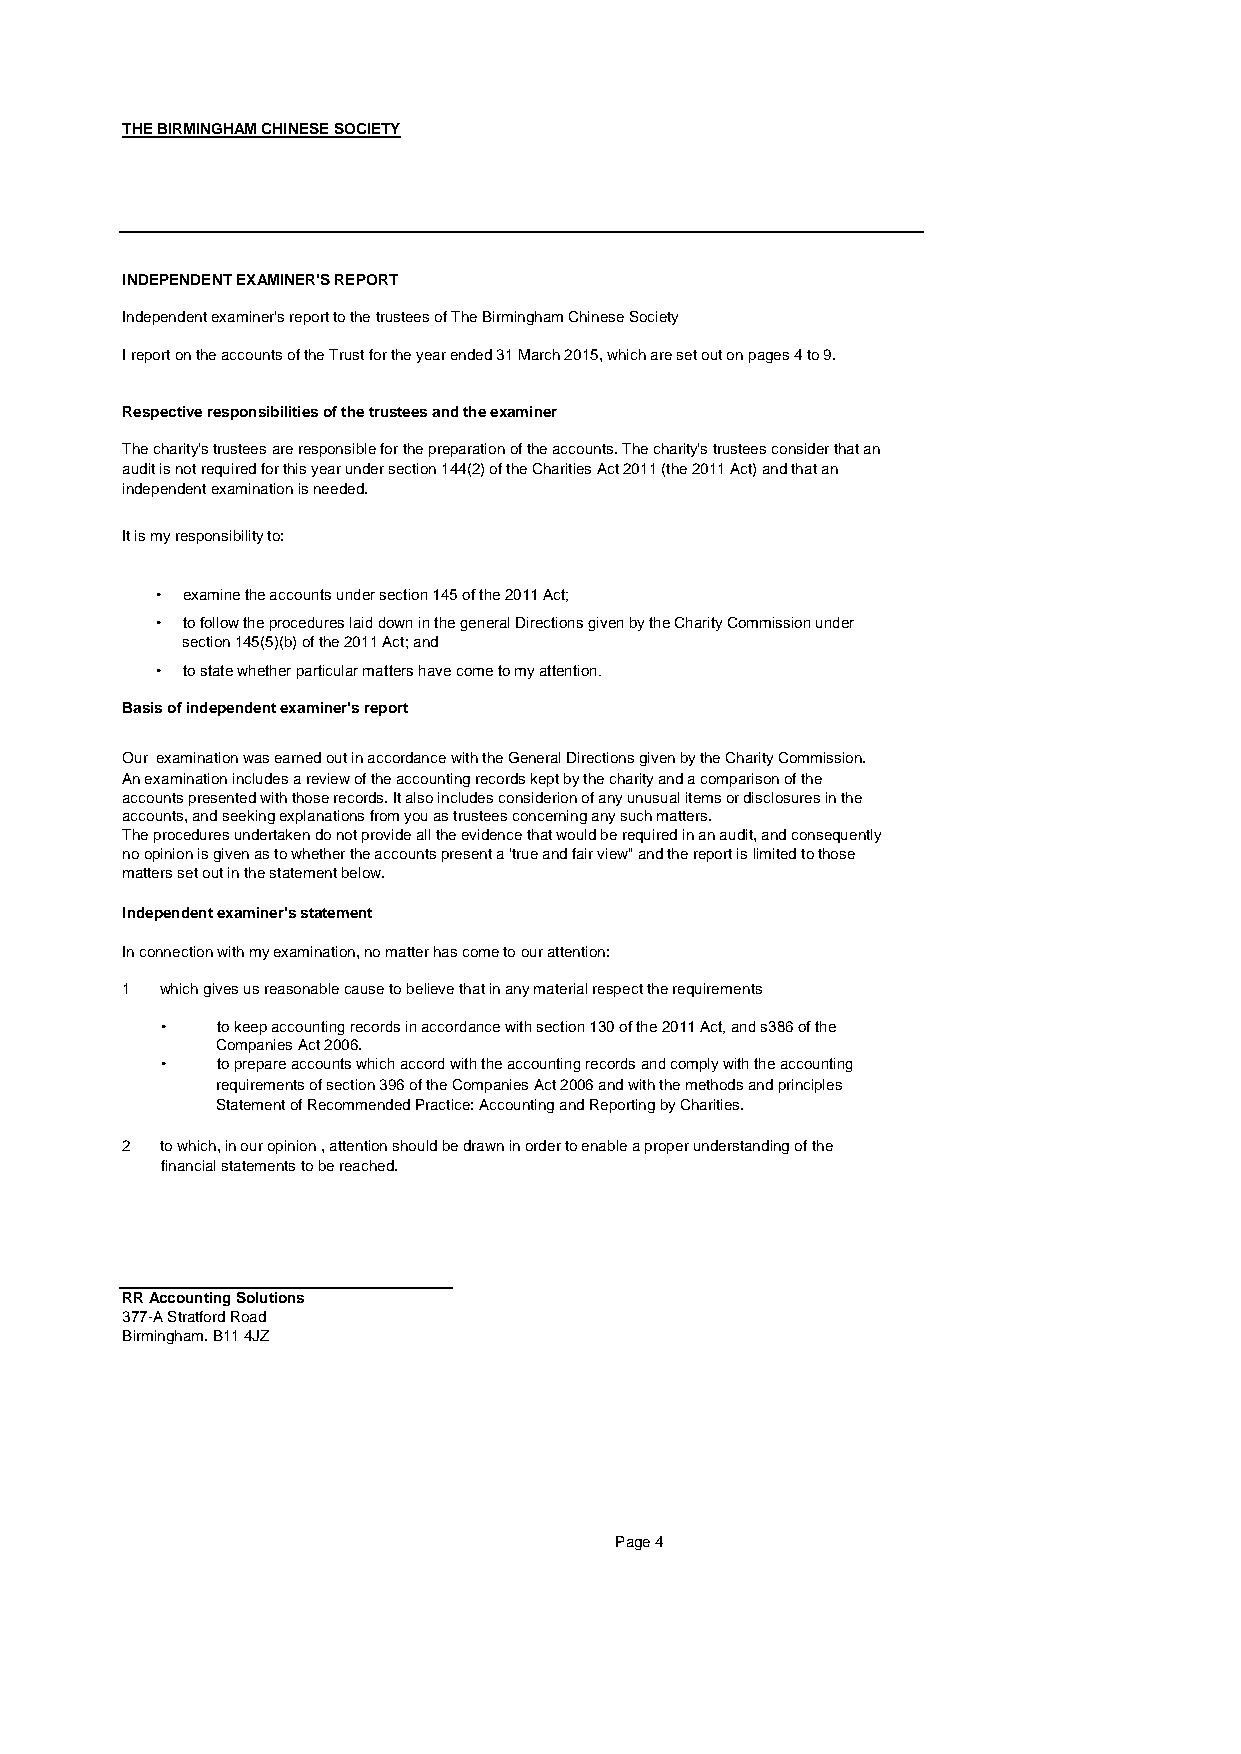
THE BIRMINGHAM CHINESE SOCIETY
 INDEPENDENT EXAMINER'S REPORT
 Independent examiner's report to the trustees of The Birmingham Chinese Society
 I report on the accounts of the Trust for the year ended 31 March 2015, which are set out on pages 4 to 9.
 Respective responsibilities of the trustees and the examiner
 The charity's trustees are responsible for the preparation of the accounts. The charity's trustees consider that an
 audit is not required for this year under section 144(2) of the Charities Act 2011 (the 2011 Act) and that an
 independent examination is needed.
 It is my responsibility to:
 • examine the accounts under section 145 of the 2011 Act;
 • to follow the procedures laid down in the general Directions given by the Charity Commission under
 section 145(5)(b) of the 2011 Act; and
 • to state whether particular matters have come to my attention.
 Basis of independent examiner's report
 Our examination was earned out in accordance with the General Directions given by the Charity Commission.
 An examination includes a review of the accounting records kept by the charity and a comparison of the
 accounts presented with those records. It also includes considerion of any unusual items or disclosures in the
 accounts, and seeking explanations from you as trustees concerning any such matters.
 The procedures undertaken do not provide all the evidence that would be required in an audit, and consequently
 no opinion is given as to whether the accounts present a 'true and fair view" and the report is limited to those
 matters set out in the statement below.
 Independent examiner's statement
 In connection with my examination, no matter has come to our attention:
 1  which gives us reasonable cause to believe that in any material respect the requirements
 •  to keep accounting records in accordance with section 130 of the 2011 Act, and s386 of the
 Companies Act 2006.
 •  to prepare accounts which accord with the accounting records and comply with the accounting
 requirements of section 396 of the Companies Act 2006 and with the methods and principles
 Statement of Recommended Practice: Accounting and Reporting by Charities.
 2  to which, in our opinion , attention should be drawn in order to enable a proper understanding of the
 financial statements to be reached.
 RR Accounting Solutions
 377-A Stratford Road
 Birmingham. B11 4JZ
 Page 4